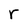
Character: r